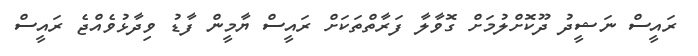
ރައީސް ނަޝީދު ދޫކޮށްލުމަށް ގޮވާލާ ފަރާތްތަކަށް ރައީސް ޔާމީން ފާޑު ވިދާޅުވެއްޖެ ރައީސް